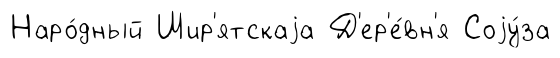
Наро́дный Шир'ятскаjа Д'ер'е́вн'я Соjу́за